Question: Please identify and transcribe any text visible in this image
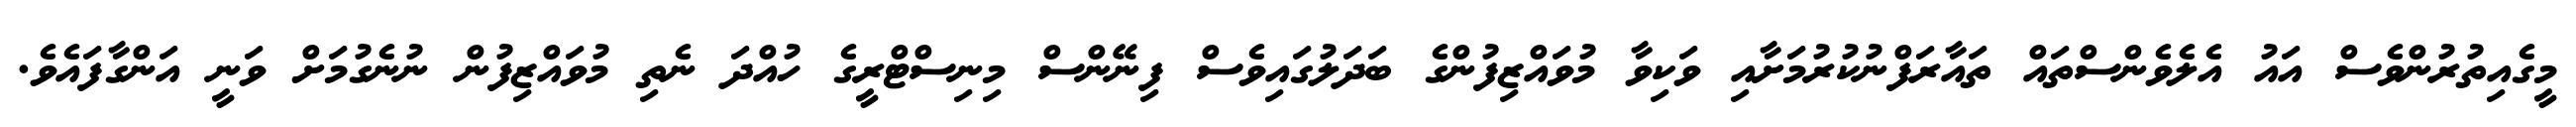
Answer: މީގެއިތުރުންވެސް އައު އެލެވެންސްތައް ތައާރަފްނުކުރުމަށާއި ވަކިވާ މުވައްޒިފުންގެ ބަދަލުގައިވެސް ފިނޭންސް މިނިސްޓްރީގެ ހުއްދަ ނެތި މުވައްޒިފުން ނުނެގުމަށް ވަނީ އަންގާފައެވެ.